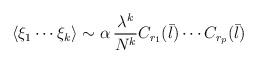
\begin{align*}\langle\xi_{1}\cdots\xi_{k}\rangle\sim\alpha\,\frac{\lambda^{k}}{N^{k}}C_{r_{1}}({\bar l})\cdots C_{r_{p}}({\bar l})\end{align*}